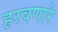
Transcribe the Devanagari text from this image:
हरवणारे